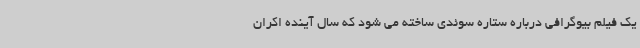
یک فیلم بیوگرافی درباره ستاره سوئدی ساخته می شود که سال آینده اکران